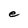
Character: e